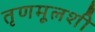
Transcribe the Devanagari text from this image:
तृणमूलशी